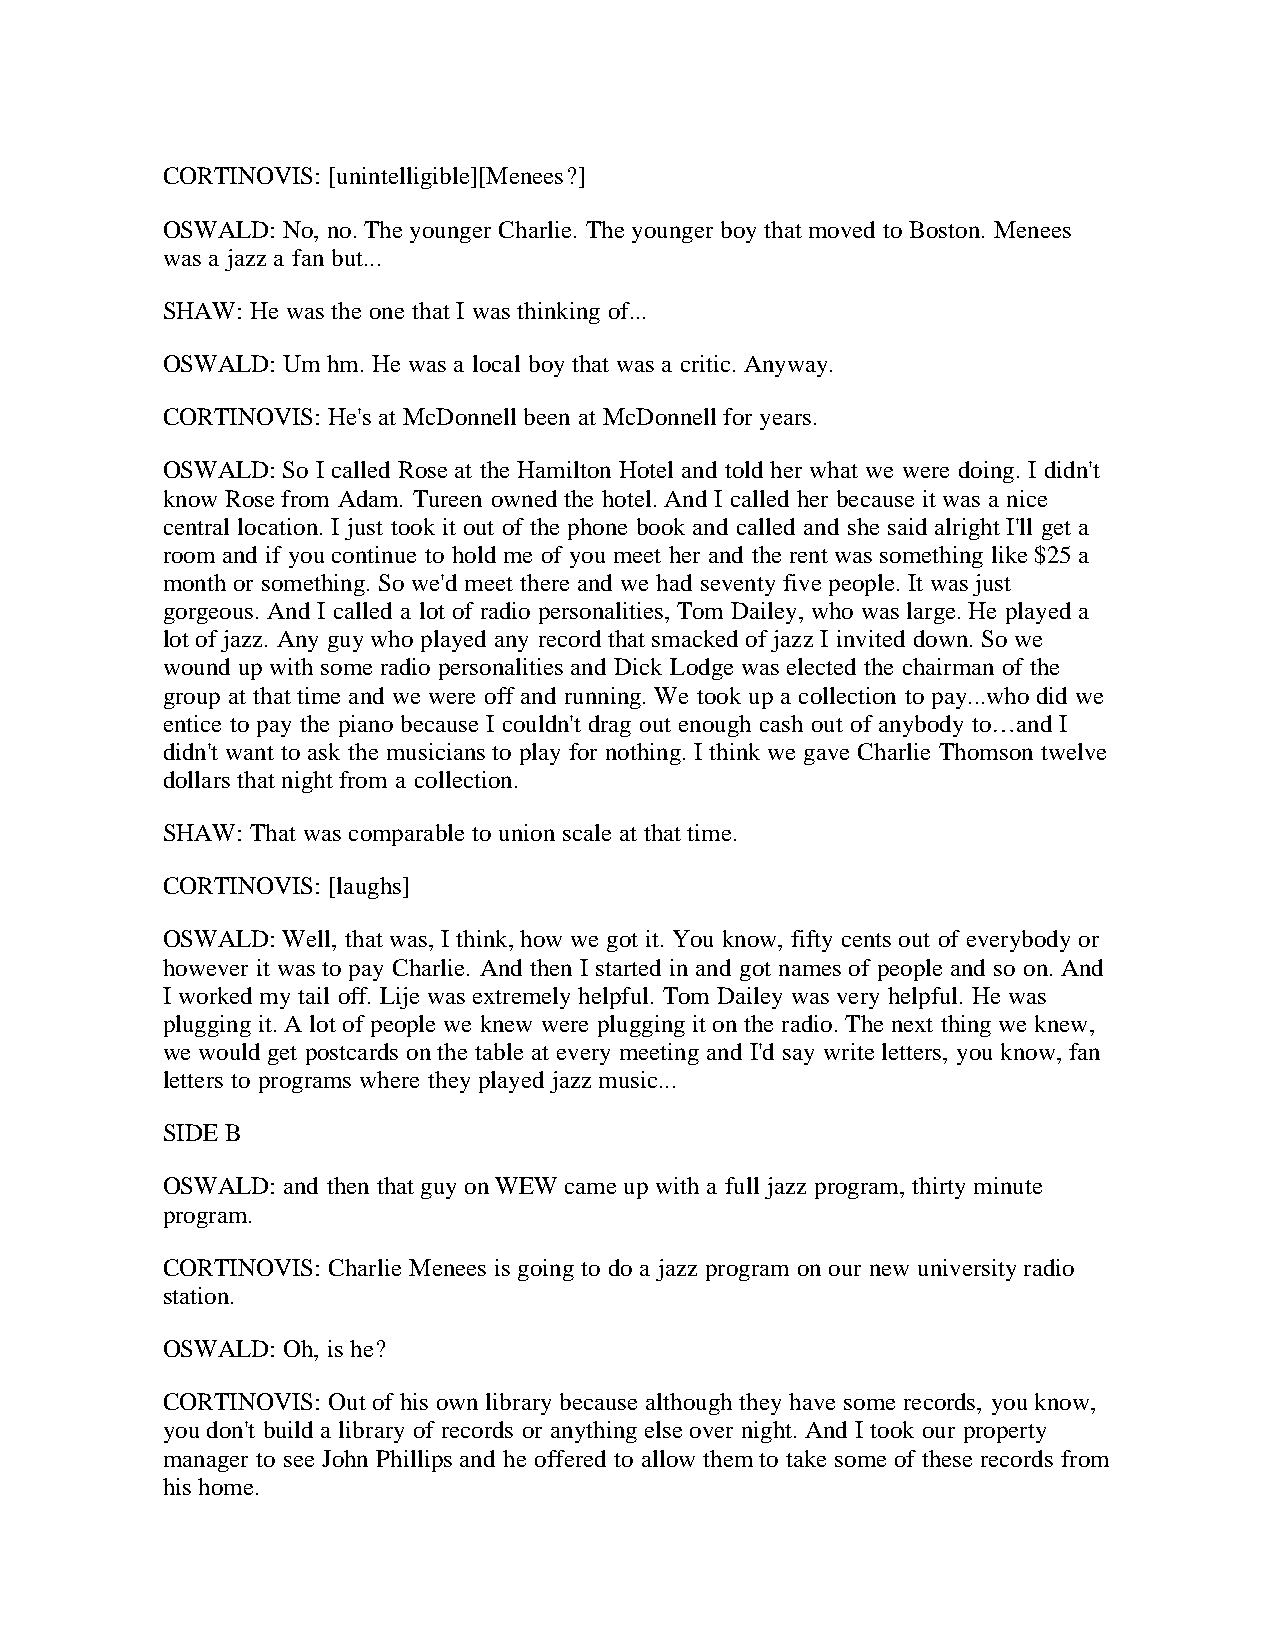
CORTINOVIS: [unintelligible][Menees?]
 OSWALD: No, no. The younger Charlie. The younger boy that moved to Boston. Menees
 was a jazz a fan but...
 SHAW: He was the one that I was thinking of...
 OSWALD: Um hm. He was a local boy that was a critic. Anyway.
 CORTINOVIS: He's at McDonnell been at McDonnell for years.
 OSWALD: So I called Rose at the Hamilton Hotel and told her what we were doing. I didn't
 know Rose from Adam. Tureen owned the hotel. And I called her because it was a nice
 central location. I just took it out of the phone book and called and she said alright I'll get a
 room and if you continue to hold me of you meet her and the rent was something like $25 a
 month or something. So we'd meet there and we had seventy five people. It was just
 gorgeous. And I called a lot of radio personalities, Tom Dailey, who was large. He played a
 lot of jazz. Any guy who played any record that smacked of jazz I invited down. So we
 wound up with some radio personalities and Dick Lodge was elected the chairman of the
 group at that time and we were off and running. We took up a collection to pay...who did we
 entice to pay the piano because I couldn't drag out enough cash out of anybody to…and I
 didn't want to ask the musicians to play for nothing. I think we gave Charlie Thomson twelve
 dollars that night from a collection.
 SHAW: That was comparable to union scale at that time.
 CORTINOVIS: [laughs]
 OSWALD: Well, that was, I think, how we got it. You know, fifty cents out of everybody or
 however it was to pay Charlie. And then I started in and got names of people and so on. And
 I worked my tail off. Lije was extremely helpful. Tom Dailey was very helpful. He was
 plugging it. A lot of people we knew were plugging it on the radio. The next thing we knew,
 we would get postcards on the table at every meeting and I'd say write letters, you know, fan
 letters to programs where they played jazz music...
 SIDE B
 OSWALD: and then that guy on WEW came up with a full jazz program, thirty minute
 program.
 CORTINOVIS: Charlie Menees is going to do a jazz program on our new university radio
 station.
 OSWALD: Oh, is he?
 CORTINOVIS: Out of his own library because although they have some records, you know,
 you don't build a library of records or anything else over night. And I took our property
 manager to see John Phillips and he offered to allow them to take some of these records from
 his home.